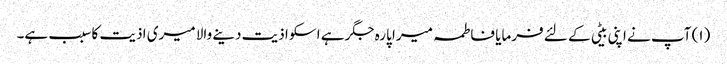
(۱) آپ نے اپنی بیٹی کے لئے فرمایا فاطمہ میرا پارہ جگر ہے اسکو اذیت دینے والا میری اذیت کا سبب ہے۔